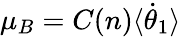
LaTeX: \mu_{B}=C(n)\langle{\dot{\theta}}_{1}\rangle